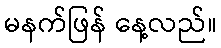
မနက်ဖြန် နေ့လည်။